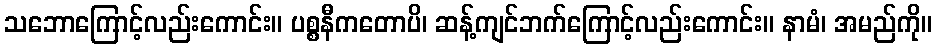
သဘောကြောင့်လည်းကောင်း။ ပစ္စနီကတောပိ၊ ဆန့်ကျင်ဘက်ကြောင့်လည်းကောင်း။ နာမံ၊ အမည်ကို။